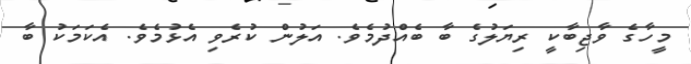
މީހާގެ ވާޖިބާކީ ރިޔަލުގެ ބާ ބެއްދުމެވެ. އަލުން ކުރެވި އެޅުމެވެ. އެކަމަކު ބާ